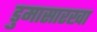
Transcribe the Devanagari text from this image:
डुमासारखा